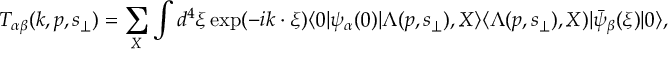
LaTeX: T _ { \alpha \beta } ( k , p , s _ { \perp } ) = \sum _ { X } \int d ^ { 4 } \xi \exp ( - i k \cdot \xi ) \langle 0 | \psi _ { \alpha } ( 0 ) | \Lambda ( p , s _ { \perp } ) , X \rangle \langle \Lambda ( p , s _ { \perp } ) , X ) | \bar { \psi } _ { \beta } ( \xi ) | 0 \rangle ,